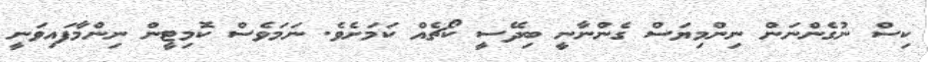
ކިސް ނުގެންނަން ނިންމިޔަސް ގެންނާނީ ބިދޭސީ ކޯޗެއް ކަމަށެވެ. ނަމަވެސް ކޮމިޓީން ނިންމާފައިވަނީ